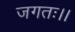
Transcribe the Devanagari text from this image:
जगतः।।